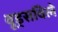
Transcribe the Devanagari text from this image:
वूड्सविले